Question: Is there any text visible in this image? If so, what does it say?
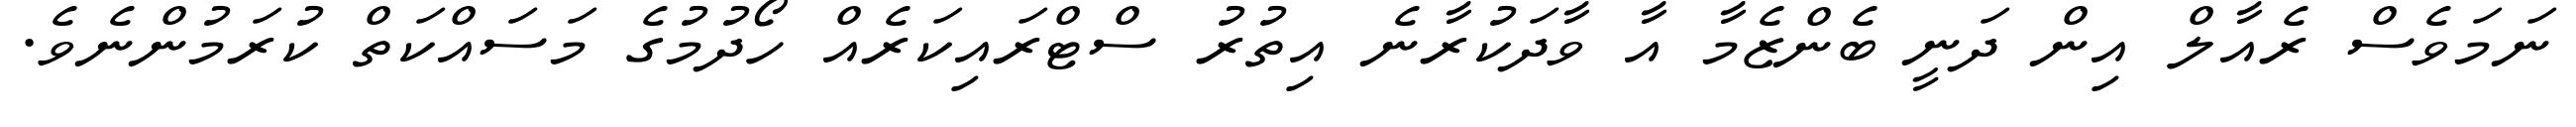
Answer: ނަމަވެސް ރެއާލް އިން ދަނީ ބެންޒެމާ އާ ވާދަކުރާނެ އިތުރު ސްޓްރައިކަރެއް ހޯދުމުގެ މަސައްކަތް ކުރަމުންނެވެ.